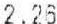
2.26